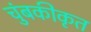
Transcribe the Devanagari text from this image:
चुंबकीकृत